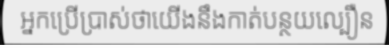
អ្នកប្រើប្រាស់ថាយើងនឹងកាត់បន្ថយល្បឿន